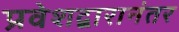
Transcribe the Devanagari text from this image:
प्रवेशद्वारानंतर